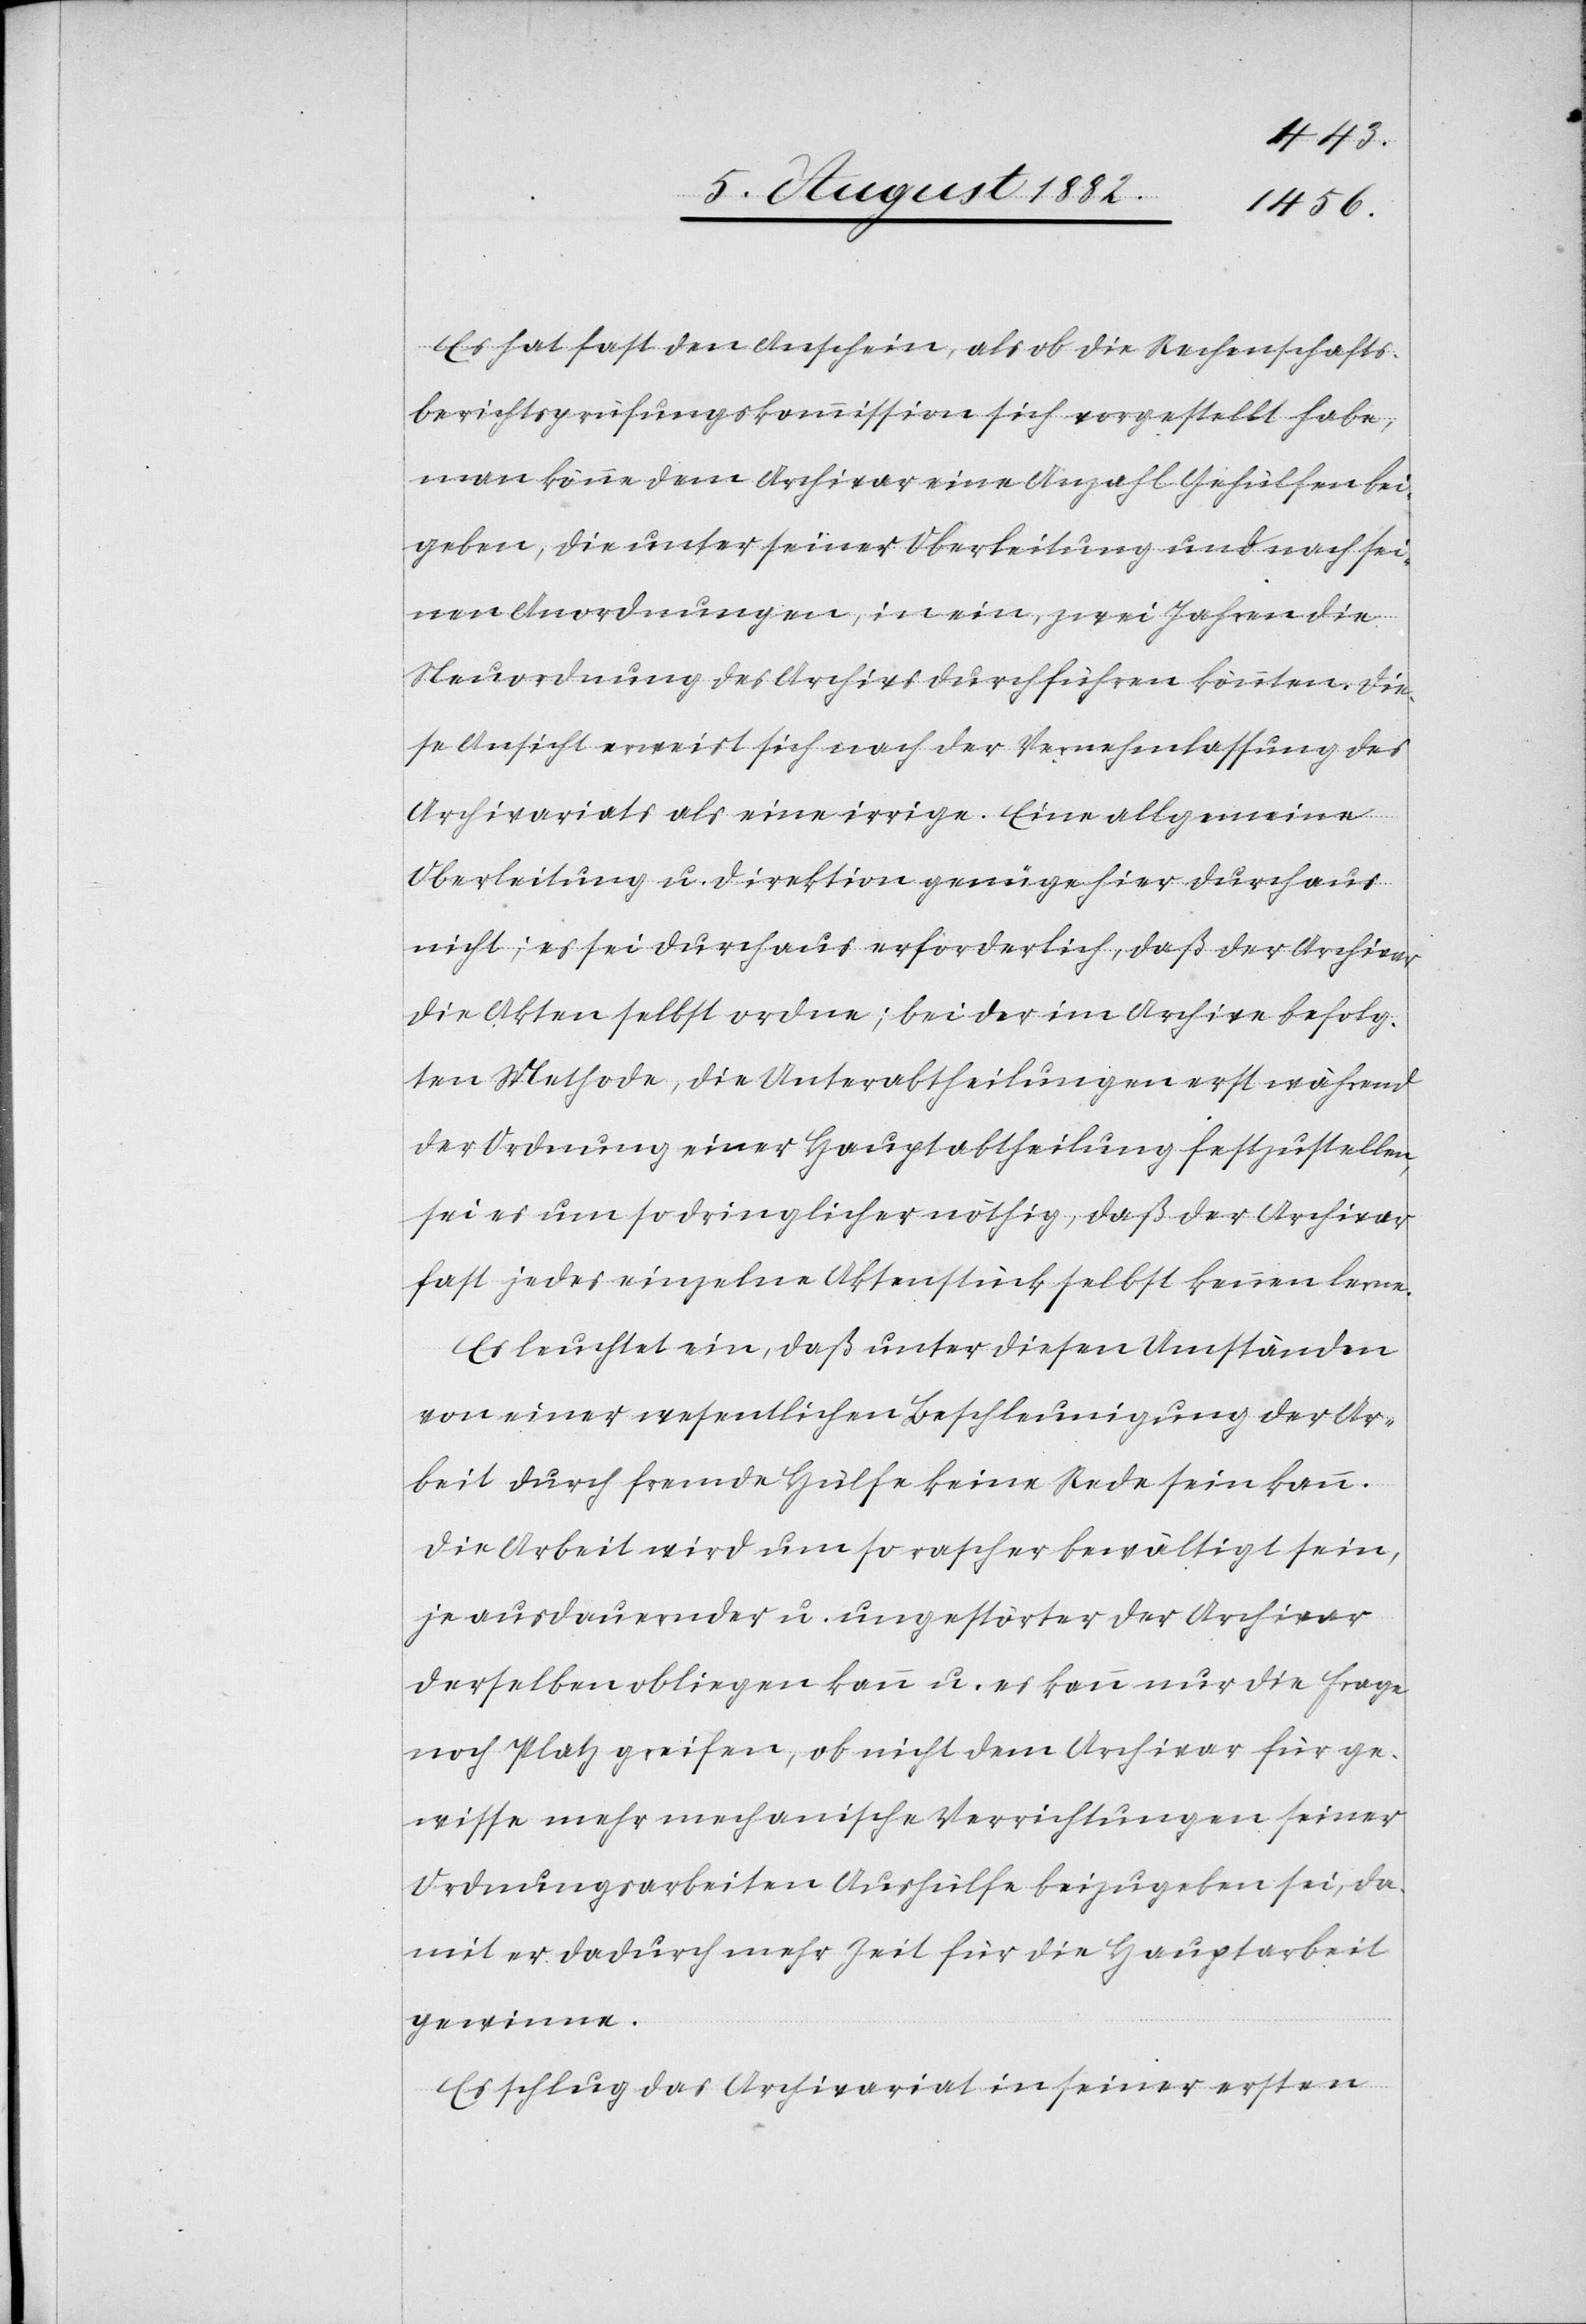
Es hat fast den Anschein, als ob die Rechenschafts¬
man könne dem Archivar eine Anzahl Gehülfen bei¬
geben, die unter seiner Oberleitung und nach sei¬
nen Anordnungen, in ein, zwei Jahren die
Neuordnung des Archivs durchführen könnten. Die¬
se Ansicht erweist sich nach der Vernehmlassung des
Archivariats als eine irrige. Eine allgemeine
Oberleitung u. Direktion genüge hier durchaus
nicht; es sei durchaus erforderlich, daß der Archivar
die Akten selbst ordne; bei der im Archive befolg¬
ten Methode, die Unterabtheilungen erst während
der Ordnung einer Hauptabtheilung festzustellen,
sei es um so dringlicher nöthig, daß der Archivar
fast jedes einzelne Aktenstück selbst kennen lerne.
Es leuchtet ein, daß unter diesen Umständen
von einer wesentlichen Beschleunigung der Ar¬
beit durch fremde Hülfe keine Rede sein kann.
Die Arbeit wird um so rascher bewältigt sein,
je ausdauernder u. ungestörter der Archivar
derselben obliegen kann u. es kann nur die Frage
noch Platz greifen, ob nicht dem Archivar für ge¬
wisse mehr mechanische Verrichtungen seiner
Ordnungsarbeit Aushülfe beizugeben sei, da¬
mit er dadurch mehr Zeit für die Hauptarbeit
gewinne.
Es schlug das Archivariat in seiner ersten